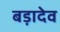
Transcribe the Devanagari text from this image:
बड़ादेव